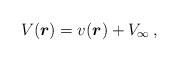
LaTeX: \begin{align*}V(\mbox{\boldmath$r$}) = v(\mbox{\boldmath$r$})+V_{\infty}\,,\end{align*}